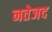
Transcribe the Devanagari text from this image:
नतेजद